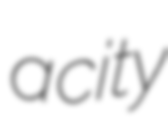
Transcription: a city